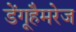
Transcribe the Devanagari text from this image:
डेंगूहैमरेज